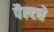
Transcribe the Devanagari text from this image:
पैल्ट्ये